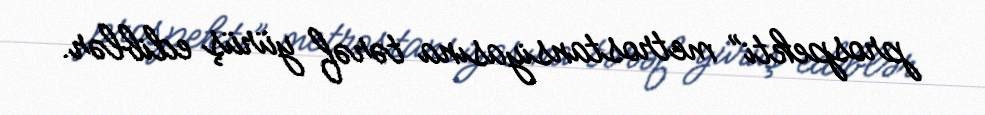
prospekti” metrostansiyasına tərəf yürüş ediblər.